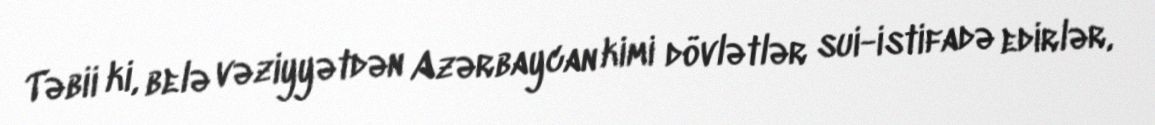
Təbii ki, belə vəziyyətdən Azərbaycan kimi dövlətlər sui-istifadə edirlər,